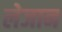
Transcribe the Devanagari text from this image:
लेजान